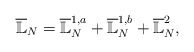
\begin{align*} {\overline {\mathbb L}_N}= {\overline {\mathbb L}}^{1,a}_N+{\overline {\mathbb L}}^{1,b}_N + {\overline {\mathbb L}}^2_N ,\end{align*}